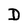
Character: D